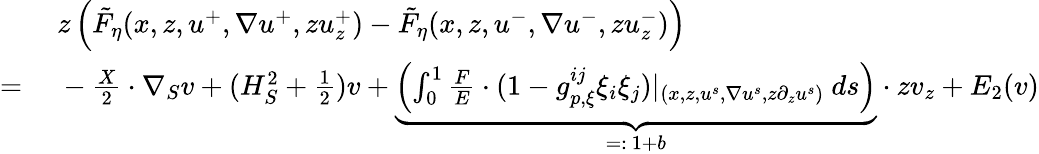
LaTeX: \begin{array}{rl}&{\ z\left(\tilde{F}_{\eta}(x,z,u^{+},\nabla u^{+},zu_{z}^{+})-\tilde{F}_{\eta}(x,z,u^{-},\nabla u^{-},zu_{z}^{-})\right)}\\ {=}&{\ -\frac{X}{2}\cdot\nabla_{S}v+(H_{S}^{2}+\frac{1}{2})v+\underbrace{\left(\int_{0}^{1}\frac{F}{E}\cdot(1-g_{p,\xi}^{ij}\xi_{i}\xi_{j})|_{(x,z,u^{s},\nabla u^{s},z\partial_{z}u^{s})}\ ds\right)}_{=:\ 1+b}\cdot zv_{z}+E_{2}(v)}\end{array}